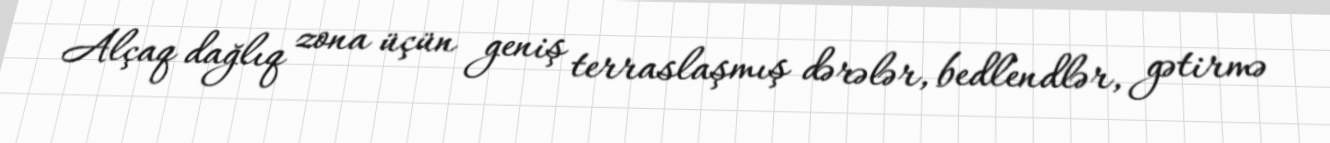
Alçaq dağlıq zona üçün geniş terraslaşmış dərələr, bedlendlər, gətirmə